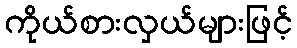
ကိုယ်စားလှယ်များဖြင့်